Indian journal of veterinary science and animal husbandry - Volume 12,
Year: 1942
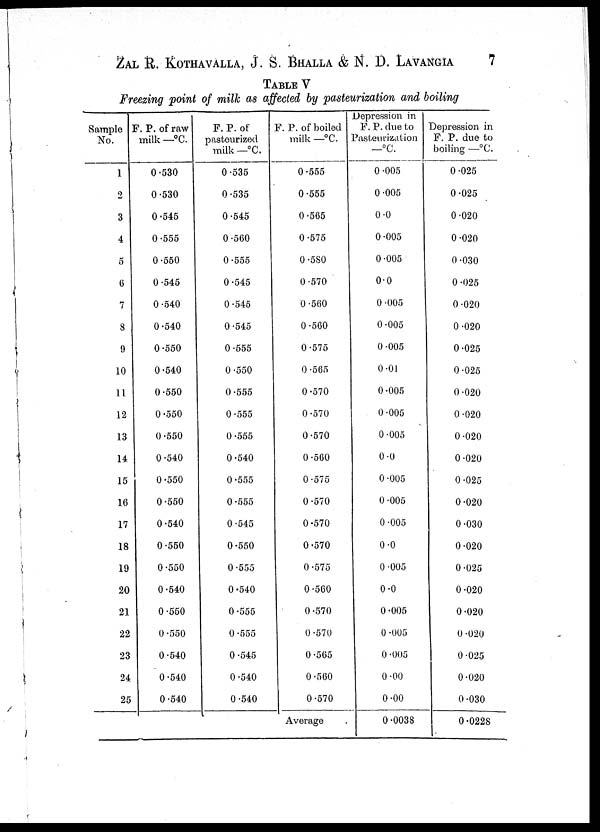
ZAL R. KOTHAVALLA, J. S. BHALLA & N. D. LAVANGIA 7
TABLE V
Freezing point of milk as affected by pasteurization and boiling
Sample
No.
1
2
3
4
5
6
7
8
9
10
11
12
13
14
15
16
17
18
19
20
21
22
23
24
25
F. P. of raw
milk —°C.
0.530
0.530
0.545
0.555
0.550
0.545
0.540
0.540
0.550
0.540
0.550
0.550
0.550
0.540
0.550
0.550
0.540
0.550
0.550
0.540
0.550
0.550
0.540
0.540
0.540
F. P. of
pasteurized
milk — °C.
0.535
0.535
0.545
0.560
0.555
0.545
0.545
0.545
0.555
0.550
0.555
0.555
0.555
0.540
0.555
0.555
0.545
0.550
0.555
0.540
0.555
0.555
0.545
0.540
0.540
F. P. of boiled
milk —°C.
0.555
0.555
0.565
0.575
0.580
0.570
0.560
0.560
0.575
0.565
0.570
0.570
0.570
0.560
0.575
0.570
0.570
0.570
0.575
0.560
0.570
0.570
0.565
0.560
0.570
Average
Depression in
F. P. due to
Pasteurization
—°C.
0.005
0.005
0.0
0.005
0.005
0.0
0.005
0.005
0.005
0.01
0.005
0.005
0.005
0.0
0.005
0.005
0.005
0.0
0.005
0.0
0.005
0.005
0.005
0.00
0.00
0.0038
Depression in
F. P. due to
boiling —°C.
0.025
0.025
0.020
0.020
0.030
0.025
0.020
0.020
0.025
0.025
0.020
0.020
0.020
0.020
0.025
0.020
0.030
0.020
0.025
0.020
0.020
0.020
0.025
0.020
0.030
0.0228